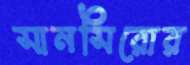
সানসিরোর